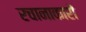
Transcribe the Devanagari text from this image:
रचानाकारों